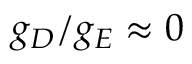
g _ { D } / g _ { E } \approx 0